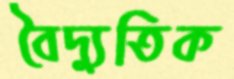
বৈদ্যুতিক